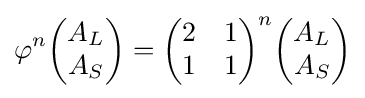
\varphi ^{n}{\begin{pmatrix}A_{L}\\A_{S}\end{pmatrix}}={\begin{pmatrix}2&1\\1&1\end{pmatrix}}^{n}{\begin{pmatrix}A_{L}\\A_{S}\end{pmatrix}}